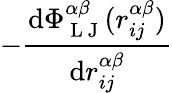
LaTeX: -\frac{\mathrm{d}\Phi_{\mathrm{~L~J~}}^{\alpha\beta}(r_{ij}^{\alpha\beta})}{\mathrm{d}r_{ij}^{\alpha\beta}}